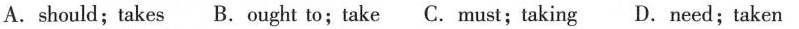
A.should;takes B.Ought to;take C.Must;taking D.Need;taken